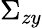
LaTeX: \Sigma_{zy}